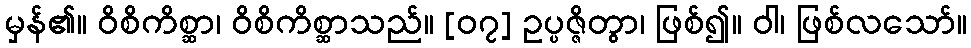
မှန်၏။ ဝိစိကိစ္ဆာ၊ ဝိစိကိစ္ဆာသည်။ [၀၇] ဥပ္ပဇ္ဇိတွာ၊ ဖြစ်၍။ ဝါ၊ ဖြစ်လသော်။